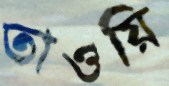
তাওয়ি